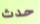
حدث